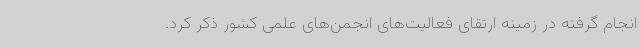
انجام گرفته در زمینه ارتقای فعالیت‌های انجمن‌های علمی کشور ذکر کرد.